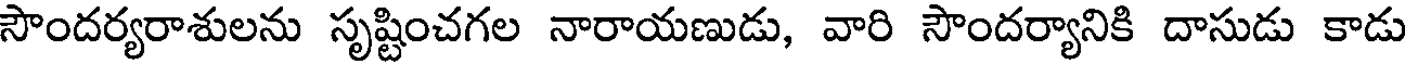
సౌందర్యరాశులను సృష్టించగల నారాయణుడు, వారి సౌందర్యానికి దాసుడు కాడు